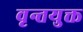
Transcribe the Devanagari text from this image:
वृन्तयुक्त